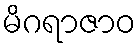
မိဂရာဇာဝ